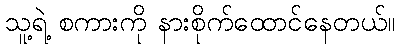
သူ့ရဲ့ စကားကို နားစိုက်ထောင်နေတယ်။